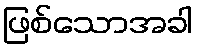
ဖြစ်သောအခါ